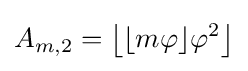
A_{m,2}=\left\lfloor \lfloor m\varphi \rfloor \varphi ^{2}\right\rfloor